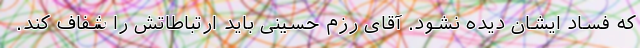
که فساد ایشان دیده نشود. آقای رزم حسینی باید ارتباطاتش را شفاف کند.